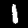
Digit: 1